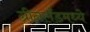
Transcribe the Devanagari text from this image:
ग्रीनलँडमध्ये